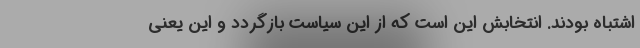
اشتباه بودند. انتخابش این است که از این سیاست بازگردد و این یعنی